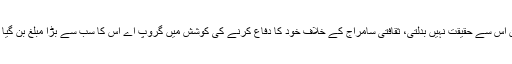
لیکن اس سے حقیقت نہیں بدلتی، ثقافتی سامراج کے خلاف خود کا دفاع کرنے کی کوشش میں گروپ اے اس کا سب سے بڑا مبلغ بن گیا ہے۔